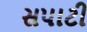
સપાટી